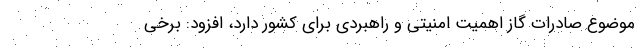
موضوع صادرات گاز اهمیت امنیتی و راهبردی برای کشور دارد، افزود:‌ برخی